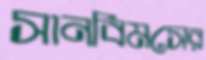
সানবিমসের